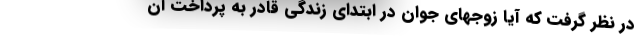
در نظر گرفت که آیا زوجهای جوان در ابتدای زندگی قادر به پرداخت آن